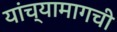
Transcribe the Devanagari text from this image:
यांच्यामागची